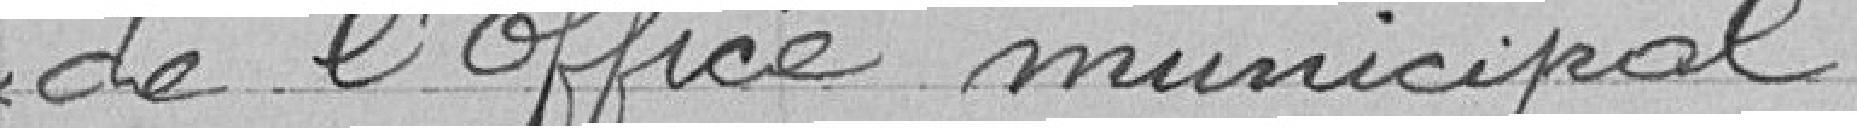
de l'office municipal.